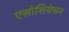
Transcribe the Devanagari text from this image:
एसोशियेसन